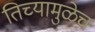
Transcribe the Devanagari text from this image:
तिच्यामुळेच